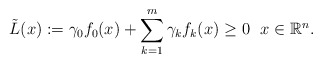
\begin{align*} \Tilde{L}(x):=\gamma_0f_0(x)+\sum\limits_{k=1}^m\gamma_kf_k(x)\ge0\ \ x\in\mathbb{R}^n.\end{align*}